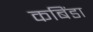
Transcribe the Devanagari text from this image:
कबिंडा